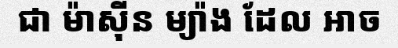
ជា ម៉ាស៊ីន ម្យ៉ាង ដែល អាច